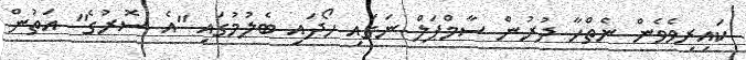
ކައިރިވެވެން ނެތްހާ ދުރުން ސާމްޕަލް ނަގައި ހޯދައި ބެލުމުގައި "އެ ސޮރުގެ" އަތުން